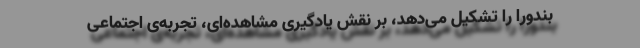
بندورا را تشکیل می‌دهد، بر نقش یادگیری مشاهده‌ای، تجربه‌ی اجتماعی